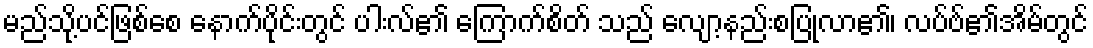
မည်သို့ပင်ဖြစ်စေ နောက်ပိုင်းတွင် ပါးလ်၏ ကြောက်စိတ် သည် လျော့နည်းစပြုလာ၏၊ လပ်ဗ်၏အိမ်တွင်